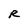
Character: R